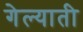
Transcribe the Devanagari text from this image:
गेल्याती